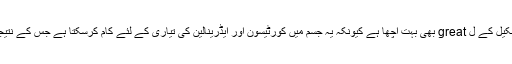
گرین کافی بین کا نچوڑ کھیلوں کی تشکیل کے ل great بھی بہت اچھا ہے کیونکہ یہ جسم میں کورٹیسون اور ایڈرینالین کی تیاری کے لئے کام کرسکتا ہے جس کے نتیجے میں صلاحیت میں اضافہ ہوتا ہے۔